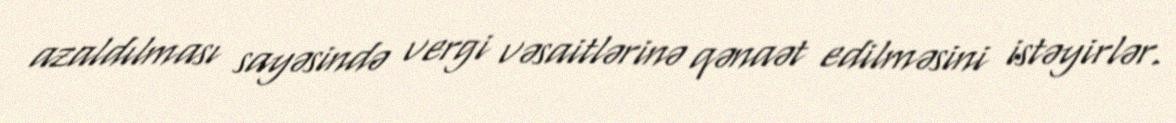
azaldılması sayəsində vergi vəsaitlərinə qənaət edilməsini istəyirlər.